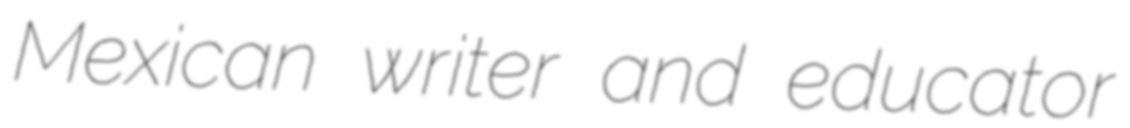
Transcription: Mexican writer and educator